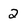
Character: 2